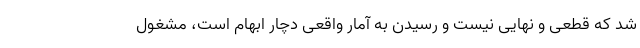
شد که قطعی و نهایی نیست و رسیدن به آمار واقعی دچار ابهام است، مشغول